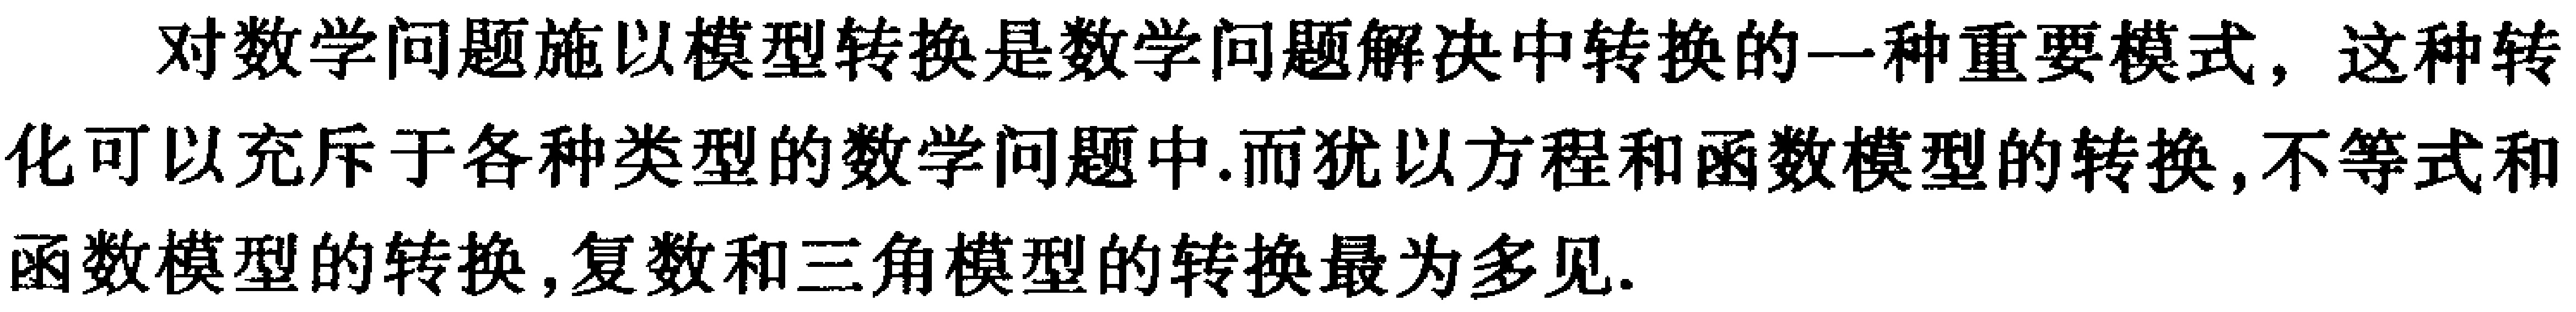
对数学问题施以模型转换是数学问题解决中转换的一种重要模式, 这种转化可以充斥于各种类型的数学问题中.而犹以方程和函数模型的转换,不等式和函数模型的转换,复数和三角模型的转换最为多见.